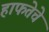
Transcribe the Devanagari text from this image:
हाफतेचे